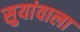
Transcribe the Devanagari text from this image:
सुयांवाला